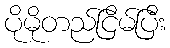
ပိုမိုတည်ငြိမ်ပြီး